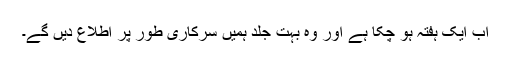
اب ایک ہفتہ ہو چکا ہے اور وہ بہت جلد ہمیں سرکاری طور پر اطلاع دیں گے۔